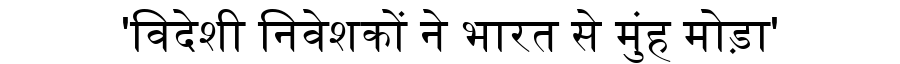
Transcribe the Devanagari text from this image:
'विदेशी निवेशकों ने भारत से मुंह मोड़ा'